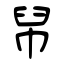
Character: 帠